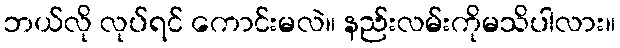
ဘယ်လို လုပ်ရင် ကောင်းမလဲ။ နည်းလမ်းကိုမသိပါလား။